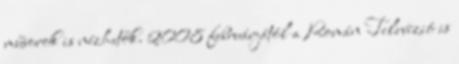
műsorok is nézhetők. 2008 februárjától a Román Televízió is